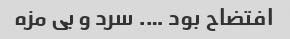
افتضاح بود …. سرد و بی مزه